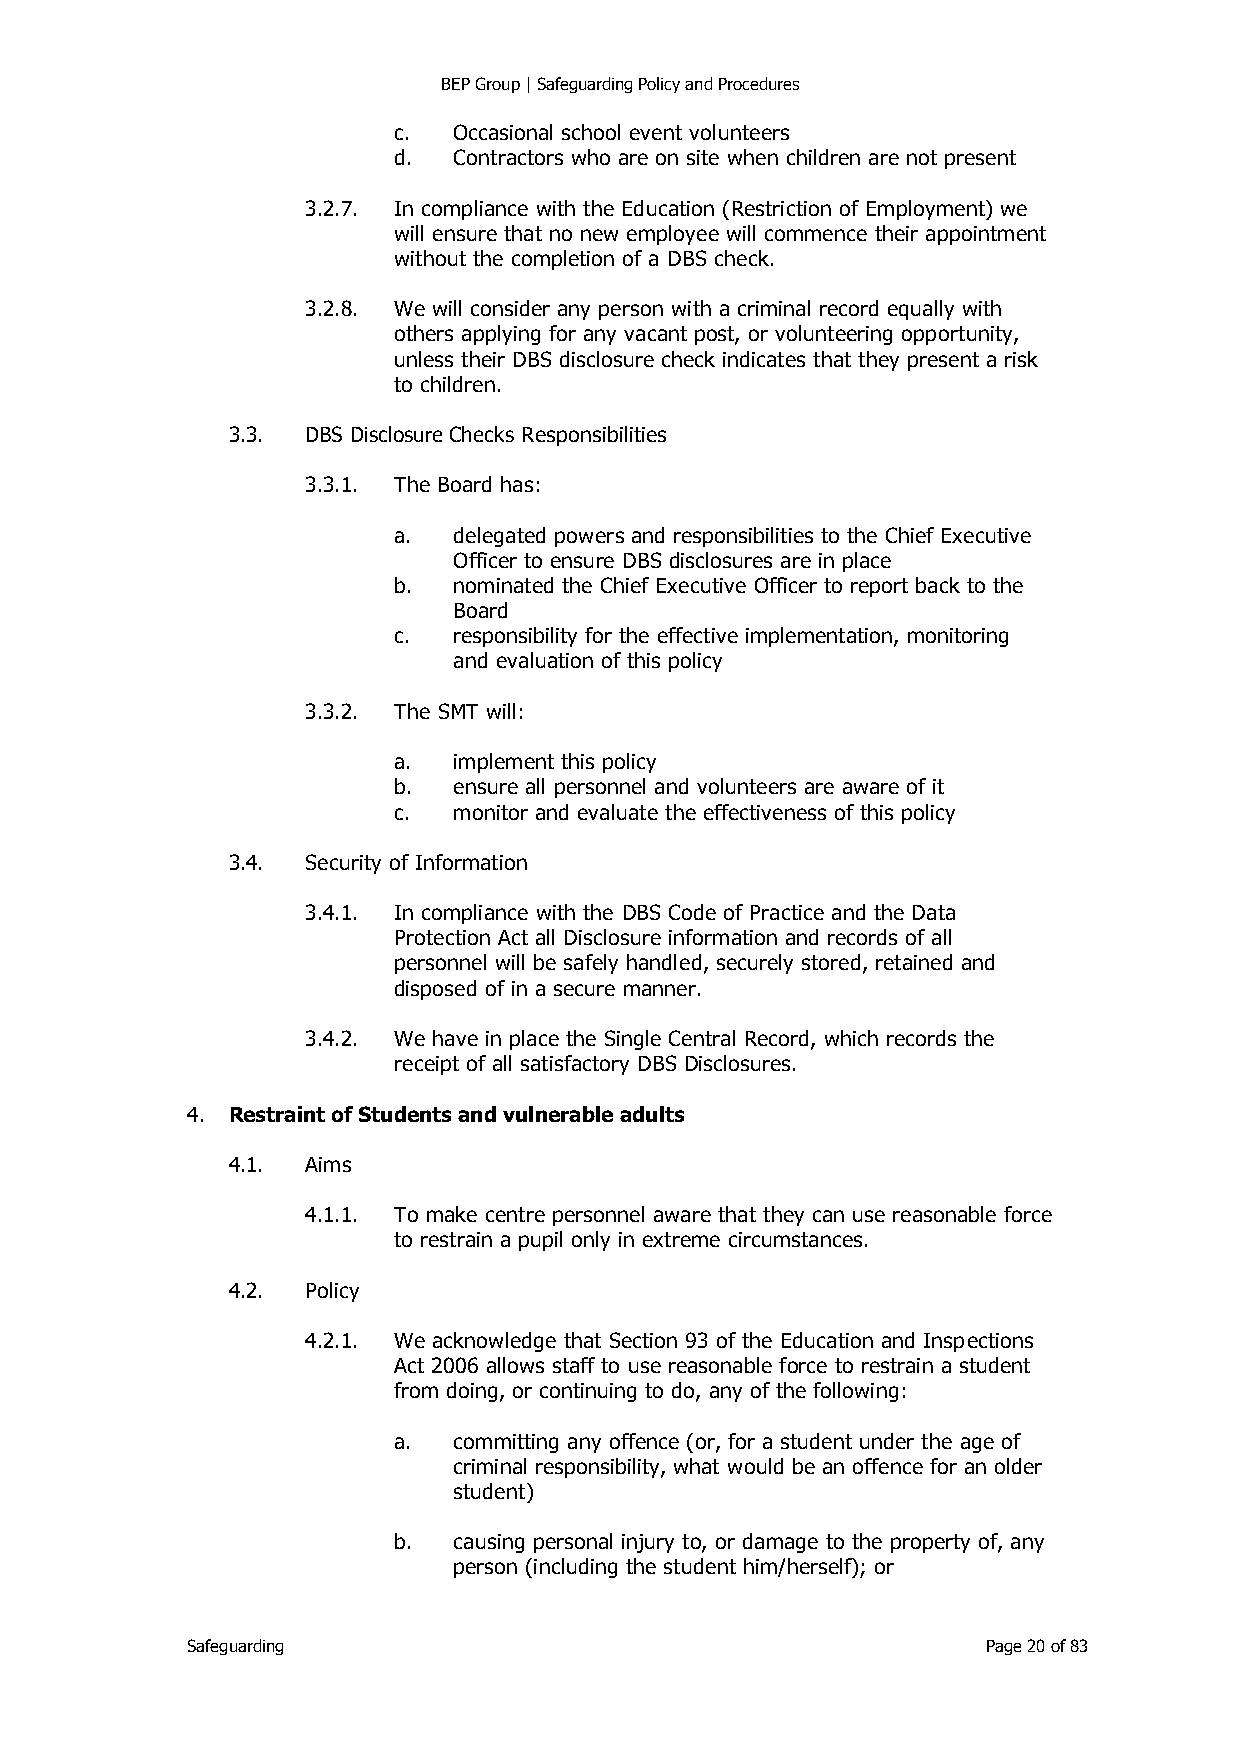
BEP Group | Safeguarding Policy and Procedures
 c.  Occasional school event volunteers
 d.  Contractors who are on site when children are not present
 3.2.7. In compliance with the Education (Restriction of Employment) we
 will ensure that no new employee will commence their appointment
 without the completion of a DBS check.
 3.2.8. We will consider any person with a criminal record equally with
 others applying for any vacant post, or volunteering opportunity,
 unless their DBS disclosure check indicates that they present a risk
 to children.
 3.3. DBS Disclosure Checks Responsibilities
 3.3.1. The Board has:
 a.  delegated powers and responsibilities to the Chief Executive
 Officer to ensure DBS disclosures are in place
 b.  nominated the Chief Executive Officer to report back to the
 Board
 c.  responsibility for the effective implementation, monitoring
 and evaluation of this policy
 3.3.2. The SMT will:
 a.  implement this policy
 b.  ensure all personnel and volunteers are aware of it
 c.  monitor and evaluate the effectiveness of this policy
 3.4. Security of Information
 3.4.1. In compliance with the DBS Code of Practice and the Data
 Protection Act all Disclosure information and records of all
 personnel will be safely handled, securely stored, retained and
 disposed of in a secure manner.
 3.4.2. We have in place the Single Central Record, which records the
 receipt of all satisfactory DBS Disclosures.
 4. Restraint of Students and vulnerable adults
 4.1. Aims
 4.1.1. To make centre personnel aware that they can use reasonable force
 to restrain a pupil only in extreme circumstances.
 4.2. Policy
 4.2.1. We acknowledge that Section 93 of the Education and Inspections
 Act 2006 allows staff to use reasonable force to restrain a student
 from doing, or continuing to do, any of the following:
 a.  committing any offence (or, for a student under the age of
 criminal responsibility, what would be an offence for an older
 student)
 b.  causing personal injury to, or damage to the property of, any
 person (including the student him/herself); or
 Safeguarding                                         Page 20 of 83